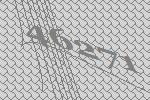
46271